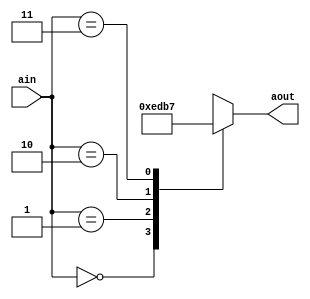
`timescale 1ns / 1ps
//////////////////////////////////////////////////////////////////////////////////
// Company: 
// Engineer: 
// 
// Design Name: 
// Module Name: dec2to4
// Project Name: 
// Target Devices: 
// Tool Versions: 
// Description: 
// 
// Dependencies: 
// 
// Revision:
// Revision 0.01 - File Created
// Additional Comments:
// 
//////////////////////////////////////////////////////////////////////////////////


module dec2to4(
    output reg [3:0] aout,
    input [1:0] ain
    );

    always @(ain) begin
        case (ain)
            2'b00: aout <= 4'b1110;
            2'b01: aout <= 4'b1101;
            2'b10: aout <= 4'b1011;
            2'b11: aout <= 4'b0111;
        endcase
    end
endmodule